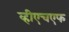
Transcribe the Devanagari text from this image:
व्हीएचएफ